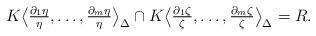
LaTeX: \begin{align*} K\bigl\langle\tfrac{\partial_1\eta}{\eta},\dots,\tfrac{\partial_m\eta}{\eta}\bigr\rangle_\Delta \cap K \bigl\langle\tfrac{\partial_1\zeta}{\zeta},\dots,\tfrac{\partial_m\zeta}{\zeta}\bigr\rangle_\Delta=R.\end{align*}